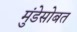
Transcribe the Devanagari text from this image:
मुंडेसोबत